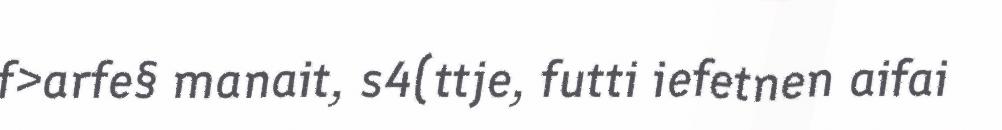
f>arfe§ manait, s4(ttje, futti iefetnen aifai